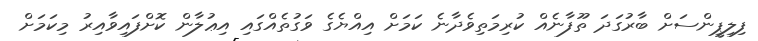
ފިލިޕީންސަށް ބާރުގަދަ ތޫފާނެއް ކުރިމަތިވެދާނެ ކަމަށް އިއްޔެގެ ވަގުތެއްގައި އިޢުލާން ކޮށްފައިވާއިރު މިކަމަށް